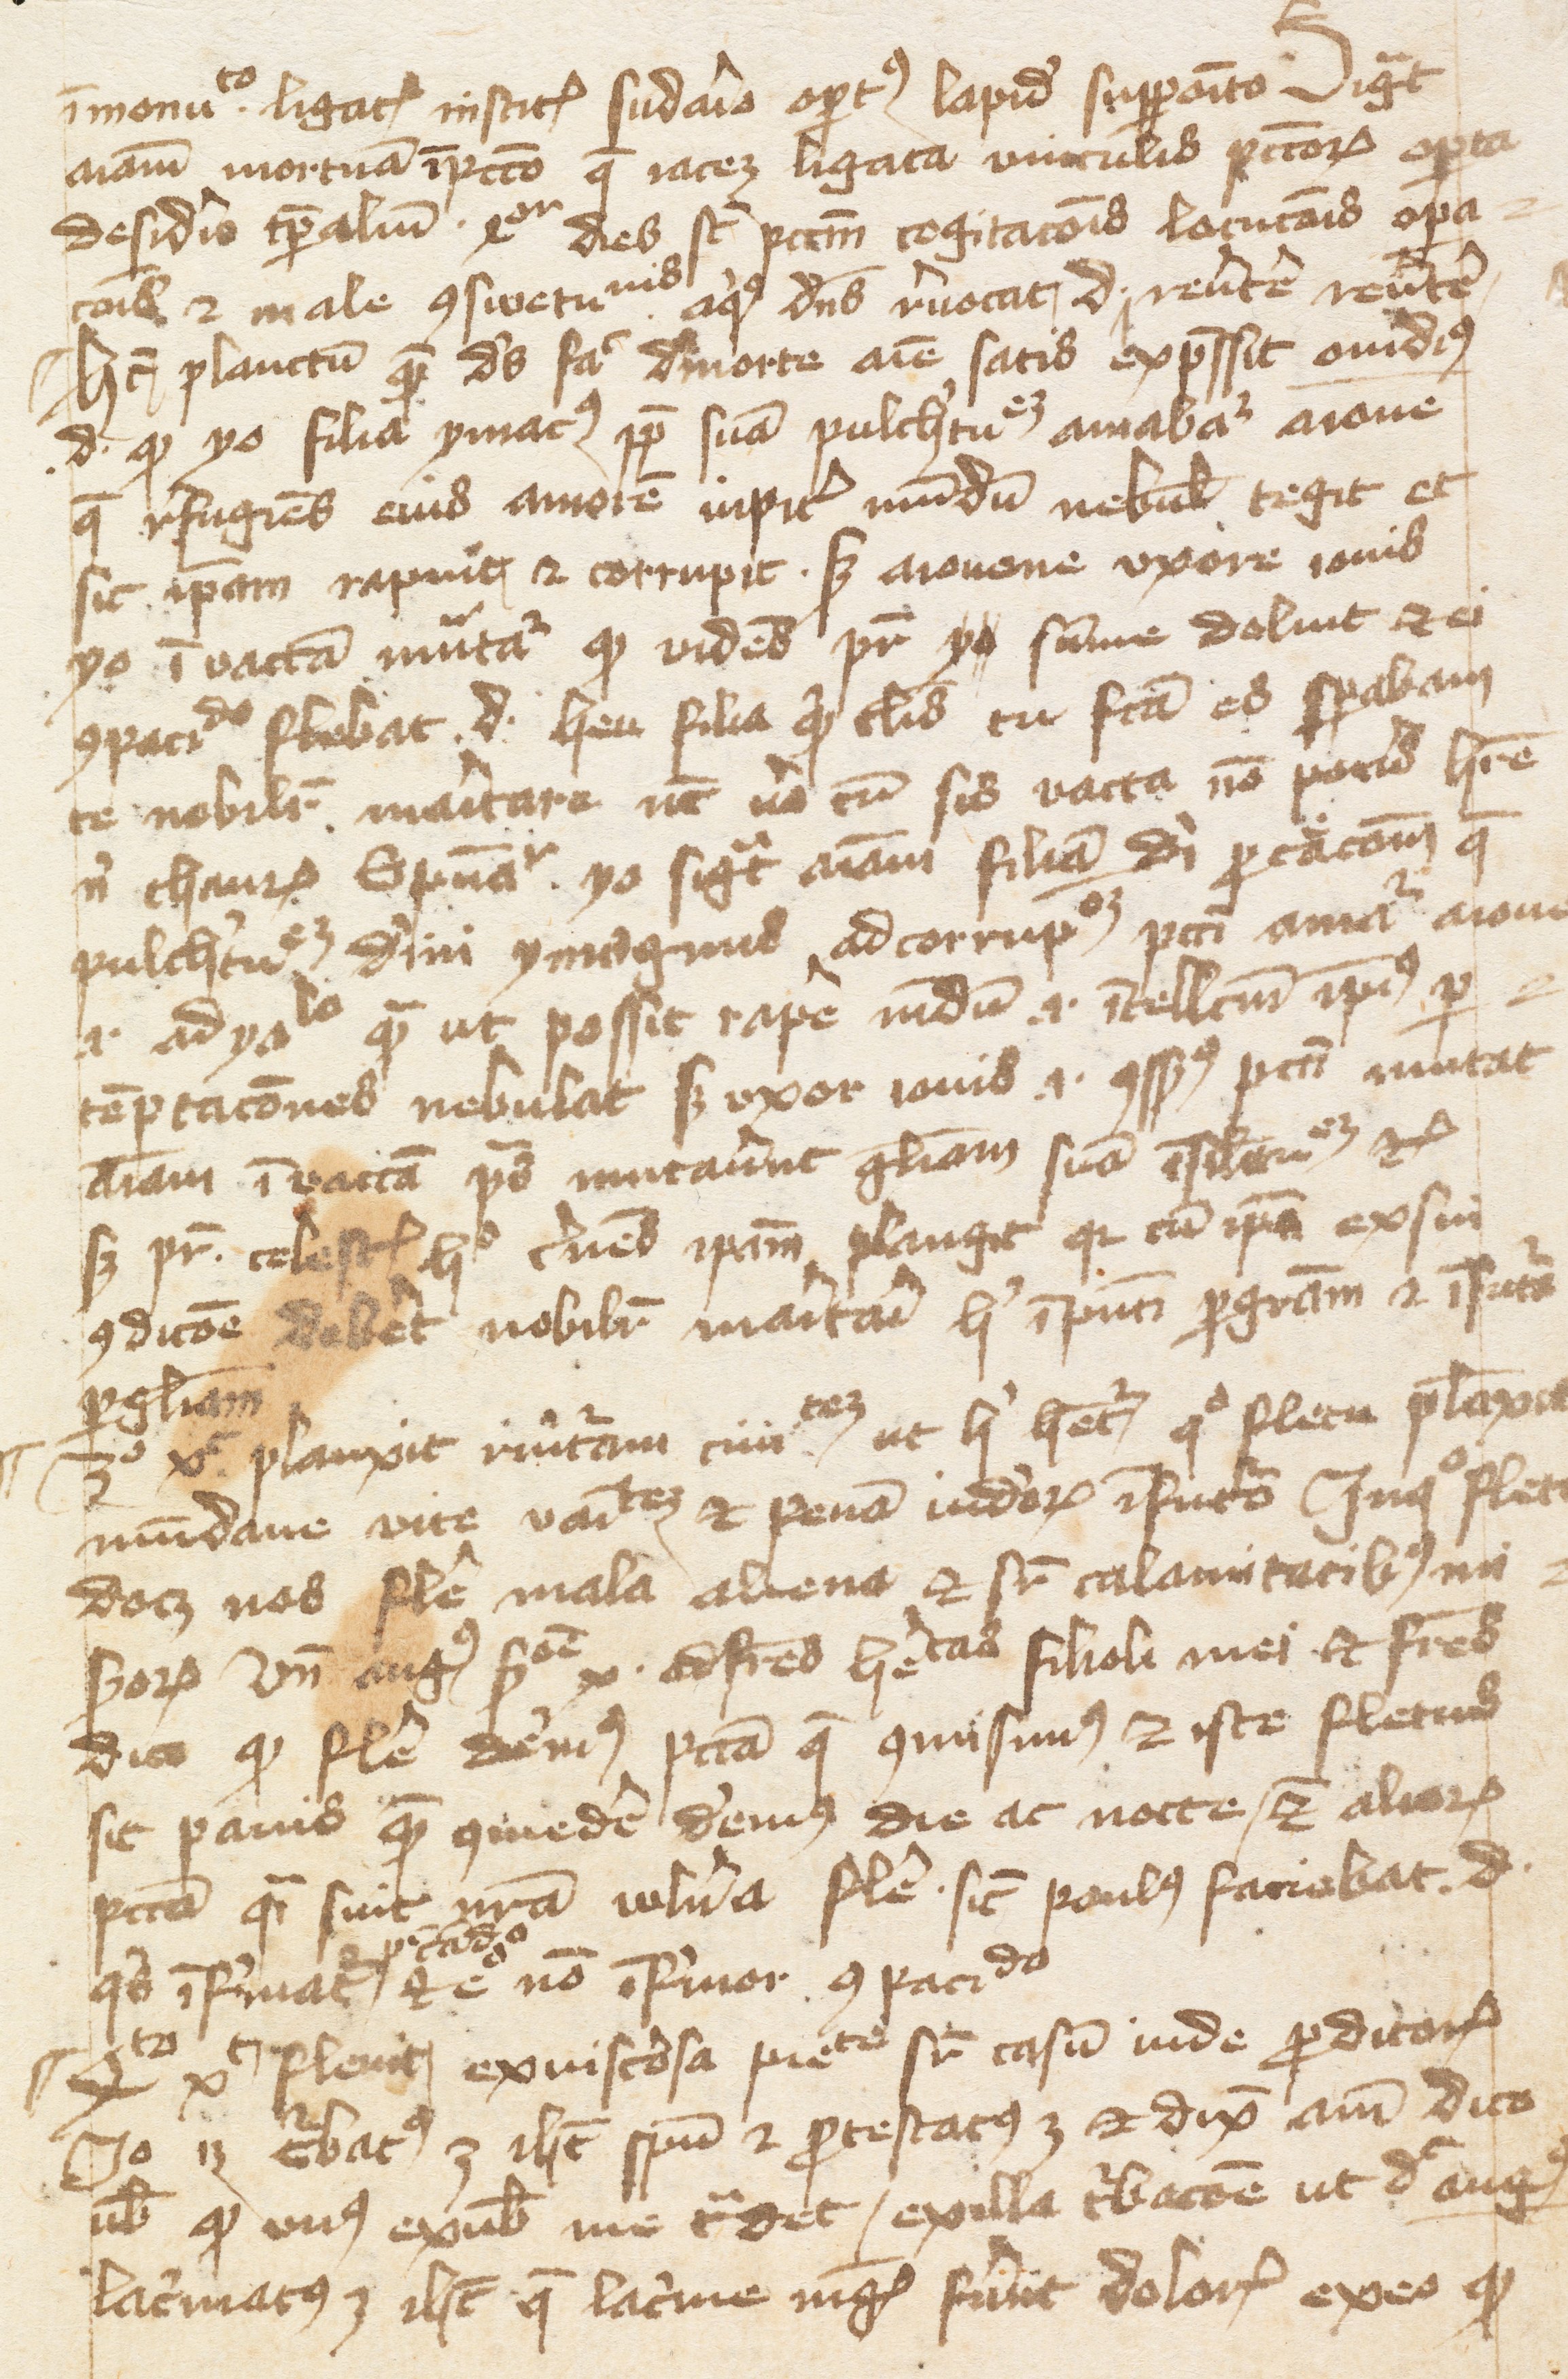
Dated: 1400–1415